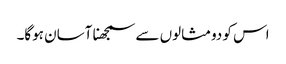
اس کو دومثالوں سے سمجھنا آسان ہوگا۔